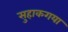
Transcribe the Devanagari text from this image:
सुहाकगया